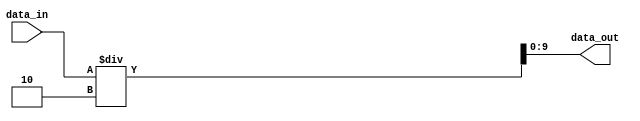
module binary_shift(data_in, data_out);
	input[9:0] data_in;
	output[9:0] data_out;
	
	assign data_out[9:0] = data_in[9:0]/2;
	
endmodule